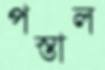
পস্তাল